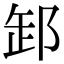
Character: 䣃